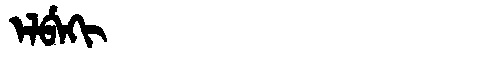
Manchu: ᡝᠯᠪᡝᡴᡳ
Romanization: ELBEKI